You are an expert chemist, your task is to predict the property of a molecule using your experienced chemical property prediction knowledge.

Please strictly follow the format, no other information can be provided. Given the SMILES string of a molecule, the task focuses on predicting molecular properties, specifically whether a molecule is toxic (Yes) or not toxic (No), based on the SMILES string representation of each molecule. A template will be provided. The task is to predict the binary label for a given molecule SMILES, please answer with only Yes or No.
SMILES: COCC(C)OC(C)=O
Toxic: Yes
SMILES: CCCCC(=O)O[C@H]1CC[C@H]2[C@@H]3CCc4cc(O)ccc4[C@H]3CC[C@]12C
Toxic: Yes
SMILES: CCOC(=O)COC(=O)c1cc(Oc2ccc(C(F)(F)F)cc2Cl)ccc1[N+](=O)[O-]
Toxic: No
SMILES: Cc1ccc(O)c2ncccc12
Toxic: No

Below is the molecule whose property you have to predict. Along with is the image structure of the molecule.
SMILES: NCCNc1cccc2ccccc12
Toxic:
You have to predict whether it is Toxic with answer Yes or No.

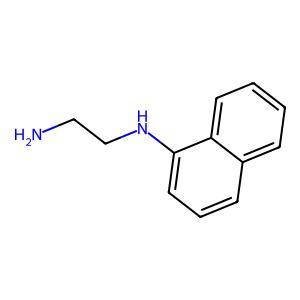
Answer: No